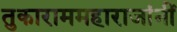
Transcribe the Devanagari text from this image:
तुकाराममहाराजांनीं